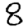
Digit: 8